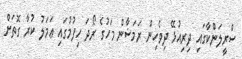
ސްރީލަންކާގައި ދިރިއުޅޭ ދިވެހިން ރަމަޟާން މަހުގެ ރޯދަ ހިފުމުގައި ޢަމަލު ކުރާ ގޮތަށް